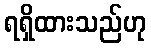
ရရှိထားသည်ဟု